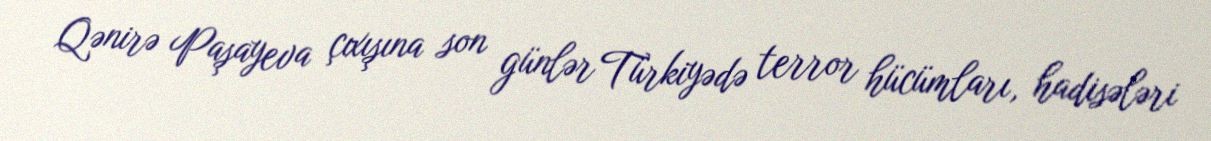
Qənirə Paşayeva çıxışına son günlər Türkiyədə terror hücümları, hadisələri